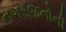
નગરજનોની